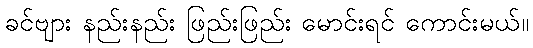
ခင်ဗျား နည်းနည်း ဖြည်းဖြည်း မောင်းရင် ကောင်းမယ်။